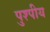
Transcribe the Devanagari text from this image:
पुश्पीय